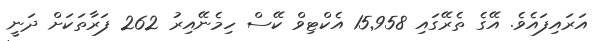
އަރައިފައެވެ. އޭގެ ތެރޭގައި 15